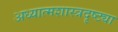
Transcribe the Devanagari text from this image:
अध्यात्मशास्त्रदृष्ट्या